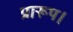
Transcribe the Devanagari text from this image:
प्रारूप।